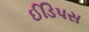
ઈડિપસ